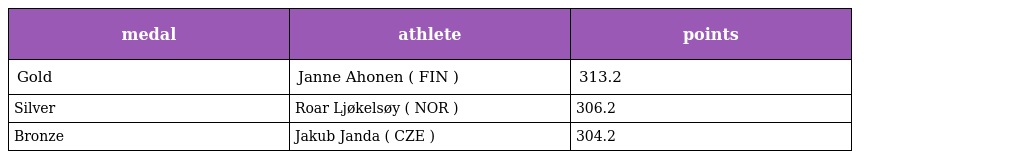
| medal | athlete | points |
 | --- | --- | --- |
 | Gold | Janne Ahonen ( FIN ) | 313.2 |
 | Silver | Roar Ljøkelsøy ( NOR ) | 306.2 |
 | Bronze | Jakub Janda ( CZE ) | 304.2 |